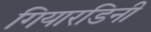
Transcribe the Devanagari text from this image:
गियारडिनी